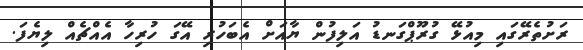
ރަށުތެރޭގައި މިއުޅޭ ގުރޫޕްގަނޑު އަލިފުން ޔާއަށް އެބަހުރި އޭގަ ހުރިހާ އެއްޗެއް ލިޔެފަ.